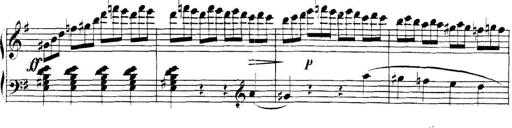
Title: Collected Piano Sonatas
Composer: Muzio Clementi